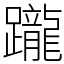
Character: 躘